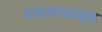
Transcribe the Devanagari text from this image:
डाइसल्फ़ाइ़ड